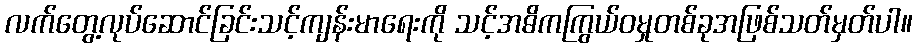
လက်တွေ့လုပ်ဆောင်ခြင်းသင့်ကျန်းမာရေးကို သင့်အဓိကကြွယ်ဝမှုတစ်ခုအဖြစ်သတ်မှတ်ပါ။